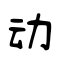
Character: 动